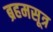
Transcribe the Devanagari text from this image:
ब्रहमसूत्र